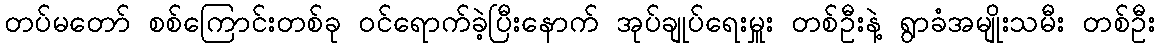
တပ်မတော် စစ်ကြောင်းတစ်ခု ဝင်ရောက်ခဲ့ပြီးနောက် အုပ်ချုပ်ရေးမှူး တစ်ဦးနဲ့ ရွာခံအမျိုးသမီး တစ်ဦး